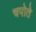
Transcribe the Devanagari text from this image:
चपोते